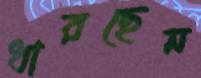
ধারছেন